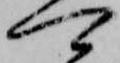
可